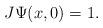
LaTeX: \begin{align*}J\Psi(x,0)=1.\end{align*}